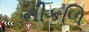
નીકળિ